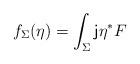
LaTeX: \begin{align*}f_\Sigma(\eta)=\int_\Sigma {\sf j}\eta^*F\end{align*}